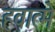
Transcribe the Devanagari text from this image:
हवात्मे